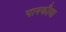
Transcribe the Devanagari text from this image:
पानकौवा